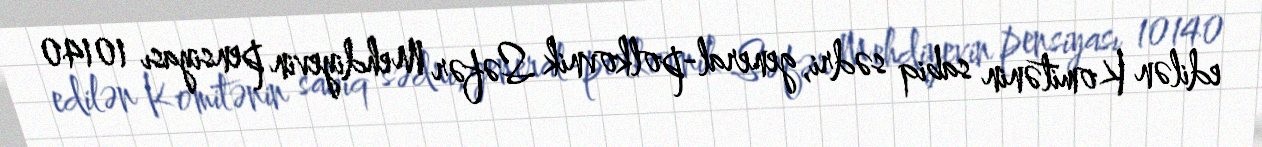
edilən Komitənin sabiq sədri, general-polkovnik Səfər Mehdiyevin pensiyası 10140